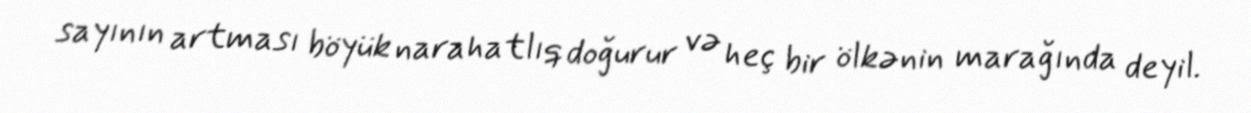
sayının artması böyük narahatlıq doğurur və heç bir ölkənin marağında deyil.